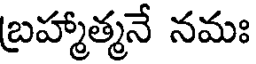
బ్రహ్మాత్మనే నమః